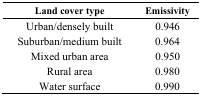
| Land cover type | Emissivity |
 | --- | --- |
 | Urban/densely built | 0.946 |
 | Suburban/medium built | 0.964 |
 | Mixed urban area | 0.950 |
 | Rural area | 0.980 |
 | Water surface | 0.990 |